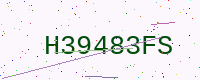
Text: H39483FS